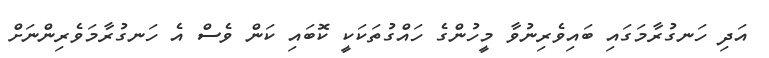
އަދި ހަނގުރާމަގައި ބައިވެރިނުވާ މީހުންގެ ހައްގުތަކަކީ ކޮބައި ކަން ވެސް އެ ހަނގުރާމަވެރިންނަށް